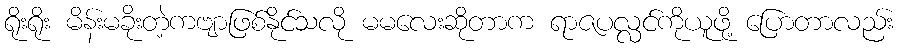
ရိုးရိုး မိန်းမခိုးတဲ့ကဗျာဖြစ်နိုင်သလို မမလေးဆိုတာက ရာဇပလ္လင်ကိုယူဖို့ ပြောတာလည်း